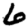
Digit: 6